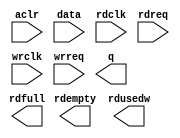
// megafunction wizard: %FIFO%VBB%
// GENERATION: STANDARD
// VERSION: WM1.0
// MODULE: dcfifo 

// ============================================================
// Megafunction Name(s):
// 			dcfifo
//
// Simulation Library Files(s):
// 			altera_mf
// ============================================================
// ************************************************************
// THIS IS A WIZARD-GENERATED FILE. DO NOT EDIT THIS FILE!
//
// 18.1.0 Build 625 09/12/2018 SJ Standard Edition
// ************************************************************

//Copyright (C) 2018  Intel Corporation. All rights reserved.
//Your use of Intel Corporation's design tools, logic functions 
//and other software and tools, and its AMPP partner logic 
//functions, and any output files from any of the foregoing 
//(including device programming or simulation files), and any 
//associated documentation or information are expressly subject 
//to the terms and conditions of the Intel Program License 
//Subscription Agreement, the Intel Quartus Prime License Agreement,
//the Intel FPGA IP License Agreement, or other applicable license
//agreement, including, without limitation, that your use is for
//the sole purpose of programming logic devices manufactured by
//Intel and sold by Intel or its authorized distributors.  Please
//refer to the applicable agreement for further details.

module fifo_to_125 (
	aclr,
	data,
	rdclk,
	rdreq,
	wrclk,
	wrreq,
	q,
	rdempty,
	rdfull,
	rdusedw);

	input	  aclr;
	input	[31:0]  data;
	input	  rdclk;
	input	  rdreq;
	input	  wrclk;
	input	  wrreq;
	output	[31:0]  q;
	output	  rdempty;
	output	  rdfull;
	output	[8:0]  rdusedw;
`ifndef ALTERA_RESERVED_QIS
// synopsys translate_off
`endif
	tri0	  aclr;
`ifndef ALTERA_RESERVED_QIS
// synopsys translate_on
`endif

endmodule

// ============================================================
// CNX file retrieval info
// ============================================================
// Retrieval info: PRIVATE: AlmostEmpty NUMERIC "0"
// Retrieval info: PRIVATE: AlmostEmptyThr NUMERIC "-1"
// Retrieval info: PRIVATE: AlmostFull NUMERIC "0"
// Retrieval info: PRIVATE: AlmostFullThr NUMERIC "-1"
// Retrieval info: PRIVATE: CLOCKS_ARE_SYNCHRONIZED NUMERIC "0"
// Retrieval info: PRIVATE: Clock NUMERIC "4"
// Retrieval info: PRIVATE: Depth NUMERIC "512"
// Retrieval info: PRIVATE: Empty NUMERIC "1"
// Retrieval info: PRIVATE: Full NUMERIC "1"
// Retrieval info: PRIVATE: INTENDED_DEVICE_FAMILY STRING "Arria V"
// Retrieval info: PRIVATE: LE_BasedFIFO NUMERIC "0"
// Retrieval info: PRIVATE: LegacyRREQ NUMERIC "1"
// Retrieval info: PRIVATE: MAX_DEPTH_BY_9 NUMERIC "0"
// Retrieval info: PRIVATE: OVERFLOW_CHECKING NUMERIC "1"
// Retrieval info: PRIVATE: Optimize NUMERIC "2"
// Retrieval info: PRIVATE: RAM_BLOCK_TYPE NUMERIC "0"
// Retrieval info: PRIVATE: SYNTH_WRAPPER_GEN_POSTFIX STRING "0"
// Retrieval info: PRIVATE: UNDERFLOW_CHECKING NUMERIC "0"
// Retrieval info: PRIVATE: UsedW NUMERIC "1"
// Retrieval info: PRIVATE: Width NUMERIC "32"
// Retrieval info: PRIVATE: dc_aclr NUMERIC "1"
// Retrieval info: PRIVATE: diff_widths NUMERIC "0"
// Retrieval info: PRIVATE: msb_usedw NUMERIC "0"
// Retrieval info: PRIVATE: output_width NUMERIC "32"
// Retrieval info: PRIVATE: rsEmpty NUMERIC "1"
// Retrieval info: PRIVATE: rsFull NUMERIC "1"
// Retrieval info: PRIVATE: rsUsedW NUMERIC "1"
// Retrieval info: PRIVATE: sc_aclr NUMERIC "0"
// Retrieval info: PRIVATE: sc_sclr NUMERIC "0"
// Retrieval info: PRIVATE: wsEmpty NUMERIC "0"
// Retrieval info: PRIVATE: wsFull NUMERIC "0"
// Retrieval info: PRIVATE: wsUsedW NUMERIC "0"
// Retrieval info: LIBRARY: altera_mf altera_mf.altera_mf_components.all
// Retrieval info: CONSTANT: INTENDED_DEVICE_FAMILY STRING "Arria V"
// Retrieval info: CONSTANT: LPM_NUMWORDS NUMERIC "512"
// Retrieval info: CONSTANT: LPM_SHOWAHEAD STRING "OFF"
// Retrieval info: CONSTANT: LPM_TYPE STRING "dcfifo"
// Retrieval info: CONSTANT: LPM_WIDTH NUMERIC "32"
// Retrieval info: CONSTANT: LPM_WIDTHU NUMERIC "9"
// Retrieval info: CONSTANT: OVERFLOW_CHECKING STRING "OFF"
// Retrieval info: CONSTANT: RDSYNC_DELAYPIPE NUMERIC "5"
// Retrieval info: CONSTANT: READ_ACLR_SYNCH STRING "ON"
// Retrieval info: CONSTANT: UNDERFLOW_CHECKING STRING "ON"
// Retrieval info: CONSTANT: USE_EAB STRING "ON"
// Retrieval info: CONSTANT: WRITE_ACLR_SYNCH STRING "OFF"
// Retrieval info: CONSTANT: WRSYNC_DELAYPIPE NUMERIC "5"
// Retrieval info: USED_PORT: aclr 0 0 0 0 INPUT GND "aclr"
// Retrieval info: USED_PORT: data 0 0 32 0 INPUT NODEFVAL "data[31..0]"
// Retrieval info: USED_PORT: q 0 0 32 0 OUTPUT NODEFVAL "q[31..0]"
// Retrieval info: USED_PORT: rdclk 0 0 0 0 INPUT NODEFVAL "rdclk"
// Retrieval info: USED_PORT: rdempty 0 0 0 0 OUTPUT NODEFVAL "rdempty"
// Retrieval info: USED_PORT: rdfull 0 0 0 0 OUTPUT NODEFVAL "rdfull"
// Retrieval info: USED_PORT: rdreq 0 0 0 0 INPUT NODEFVAL "rdreq"
// Retrieval info: USED_PORT: rdusedw 0 0 9 0 OUTPUT NODEFVAL "rdusedw[8..0]"
// Retrieval info: USED_PORT: wrclk 0 0 0 0 INPUT NODEFVAL "wrclk"
// Retrieval info: USED_PORT: wrreq 0 0 0 0 INPUT NODEFVAL "wrreq"
// Retrieval info: CONNECT: @aclr 0 0 0 0 aclr 0 0 0 0
// Retrieval info: CONNECT: @data 0 0 32 0 data 0 0 32 0
// Retrieval info: CONNECT: @rdclk 0 0 0 0 rdclk 0 0 0 0
// Retrieval info: CONNECT: @rdreq 0 0 0 0 rdreq 0 0 0 0
// Retrieval info: CONNECT: @wrclk 0 0 0 0 wrclk 0 0 0 0
// Retrieval info: CONNECT: @wrreq 0 0 0 0 wrreq 0 0 0 0
// Retrieval info: CONNECT: q 0 0 32 0 @q 0 0 32 0
// Retrieval info: CONNECT: rdempty 0 0 0 0 @rdempty 0 0 0 0
// Retrieval info: CONNECT: rdfull 0 0 0 0 @rdfull 0 0 0 0
// Retrieval info: CONNECT: rdusedw 0 0 9 0 @rdusedw 0 0 9 0
// Retrieval info: GEN_FILE: TYPE_NORMAL fifo_to_125.v TRUE
// Retrieval info: GEN_FILE: TYPE_NORMAL fifo_to_125.inc FALSE
// Retrieval info: GEN_FILE: TYPE_NORMAL fifo_to_125.cmp FALSE
// Retrieval info: GEN_FILE: TYPE_NORMAL fifo_to_125.bsf FALSE
// Retrieval info: GEN_FILE: TYPE_NORMAL fifo_to_125_inst.v TRUE
// Retrieval info: GEN_FILE: TYPE_NORMAL fifo_to_125_bb.v TRUE
// Retrieval info: LIB_FILE: altera_mf